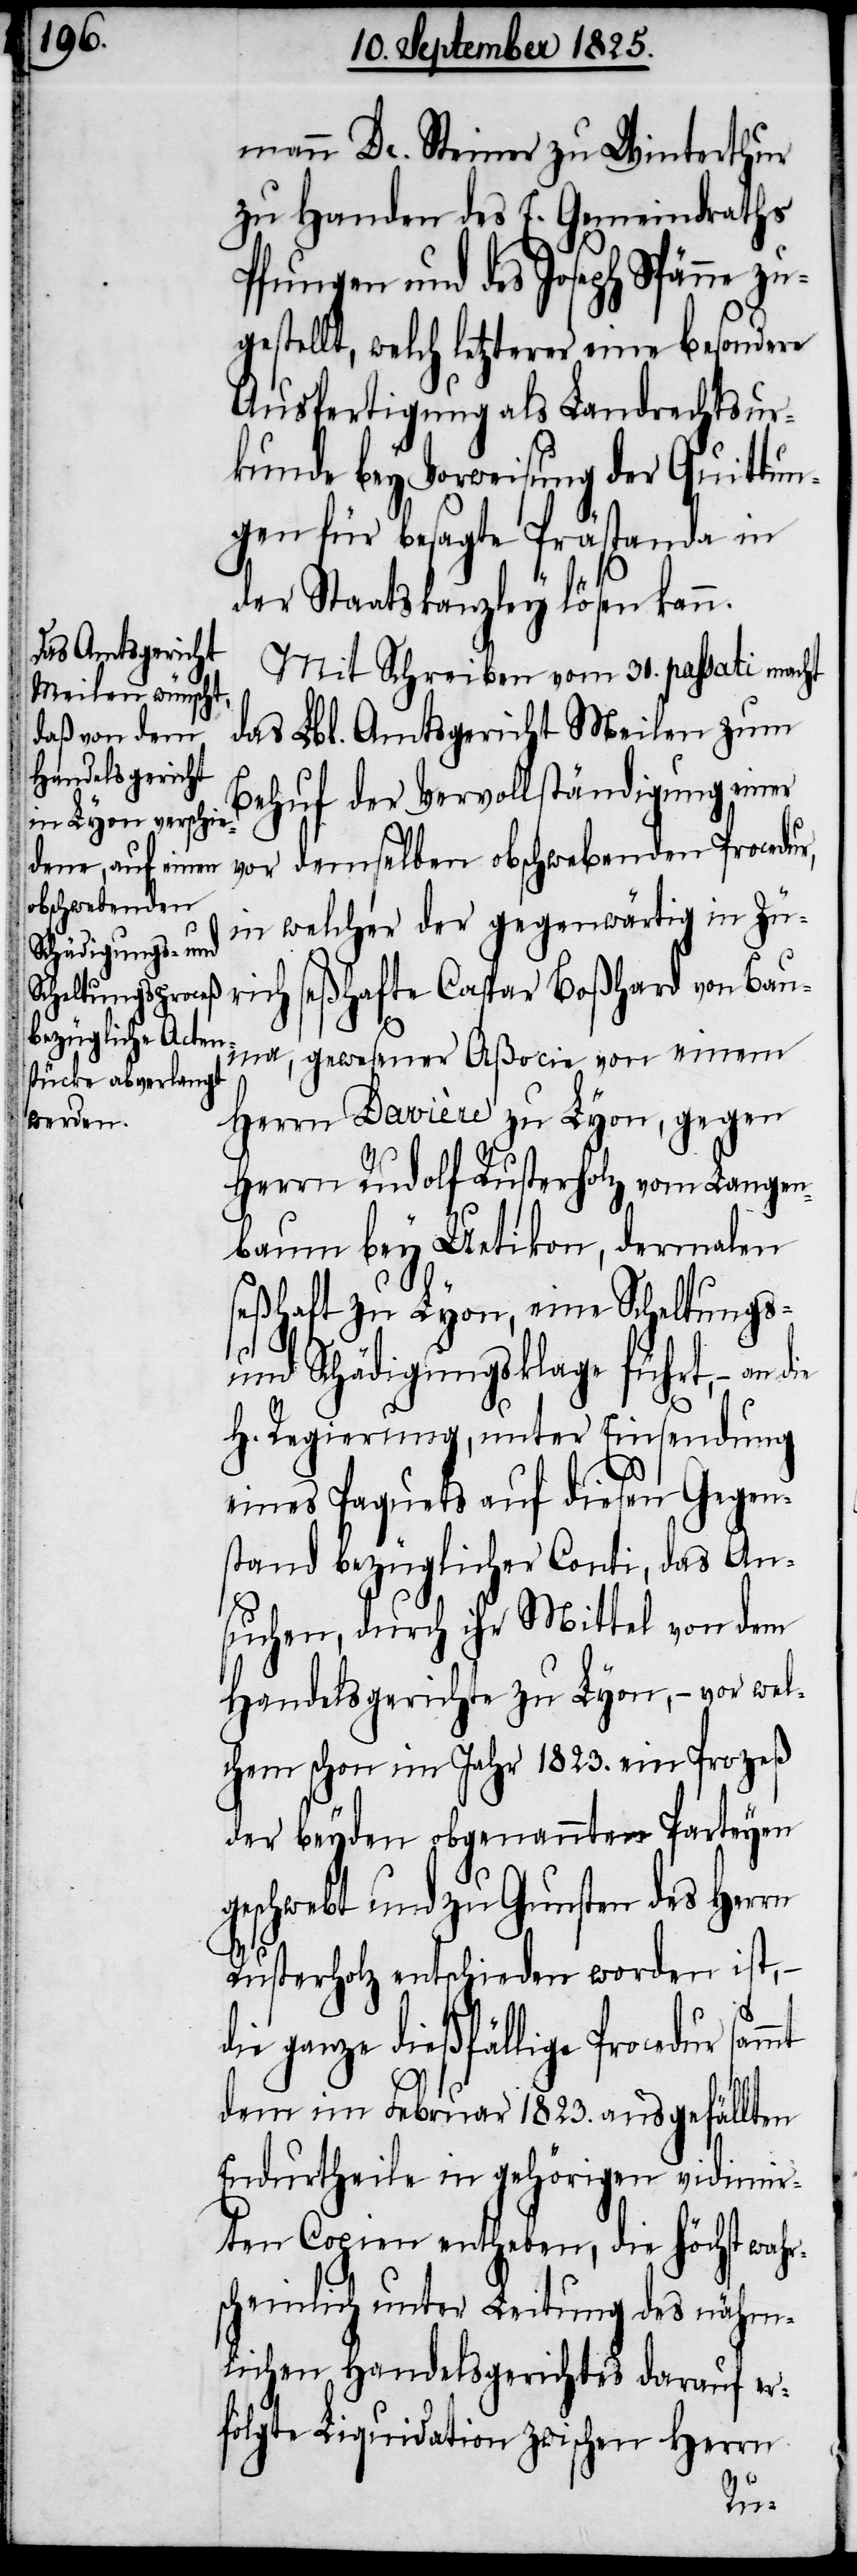
mann Dr. Steiner zu Winterthur
zu Handen des E. Gemeindraths
Pfungen und des Joseph Spänne zu¬
gestellt, welch letzterer eine besondere
Ausfertigung als Landrechtsur¬
kunde bey Vorweisung der Quittun¬
gen für besagte Prästanda in
der Staatskanzley lösen kann.
Mit Schreiben vom 31. passati macht
das Lbl. Amtsgericht Meilen zum
Behuf der Vervollständigung einer
vor demselben obschwebenden Procedur,
in welcher der gegenwärtig in Zü¬
rich seßhafte Caspar Boßhard von Baum¬
a, gewesener Aßocie von einem
Herrn Davière zu Lyon, gegen
Herrn Rudolf Rusterholz von Langen¬
baum bey Uetikon, dermalen
seßhaft zu Lyon, eine Scheltungs-
und Schädigungsklage führt, – an die
h. Regierung, unter Einsendung
eines Paquets auf diesen Gegen¬
stand bezüglicher Conti, das An¬
suchen, durch ihr Mittel von dem
Handelsgerichte zu Lyon, – vor wel¬
chem schon im Jahr 1823. ein Prozeß
der beyden obgenannten Parteyen
geschwebt und zu Gunsten des Herrn
Rusterholz entschieden worden ist,
die ganze dießfällige Procedur
dem im Februar 1823. ausgefällten
Endurtheile in gehörigen vidimir¬
ten Copien entheben, die höchst wahr¬
scheinlich unter Leitung des nähm¬
lichen Handelsgerichtes darauf er¬
folgte Liquidation zwischen Herrn